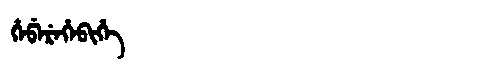
Manchu: ᡥᡝᡦᡝᡵᡝᡥᡝᠪᡳᡥᡝ
Romanization: HEPEREHEBIHE